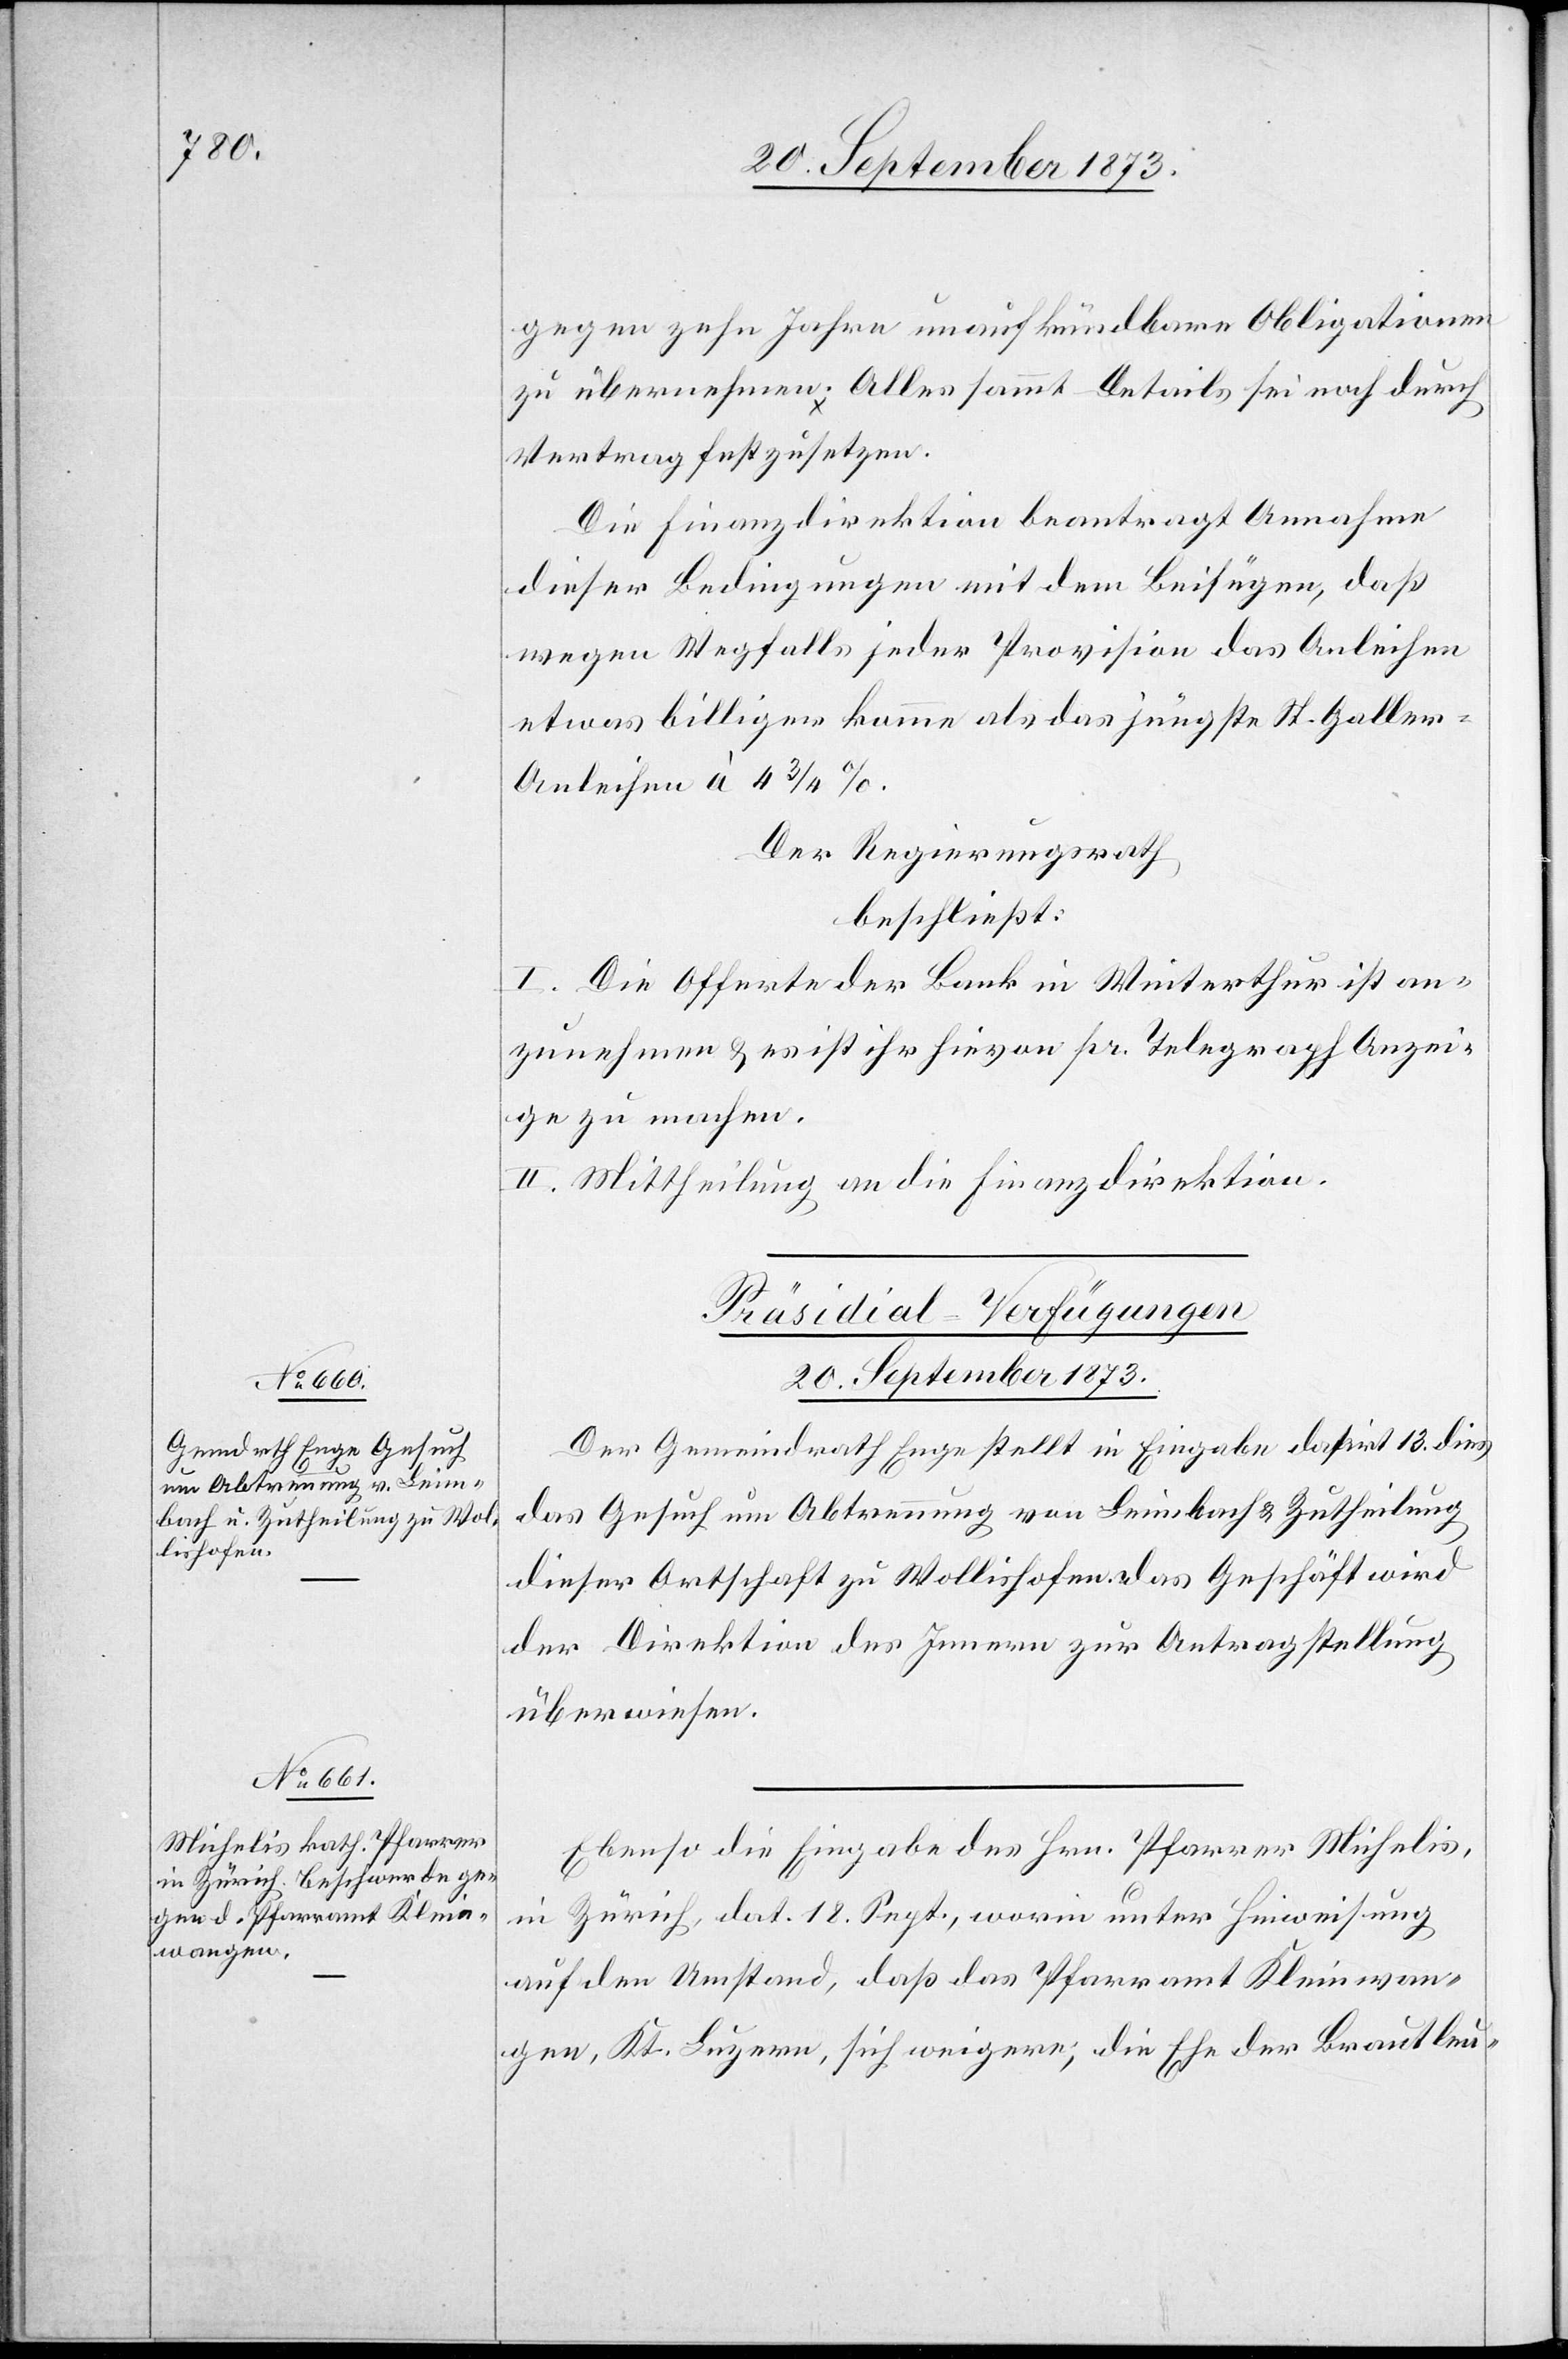
gegen zehn Jahre unaufkündbare Obligationen
zu übernehmen. Alles sammt Details sei noch durch
Vertrag festzusetzen.
Die Finanzdirektion beantragt Annahme
dieser Bedingungen mit dem Beifügen, daß
wegen Wegfalls jeder Provision das Anleihen
etwas billiger komme als das jüngste St. Galle¬
r-Anleihen à 4 3/4%.
Der Regierungsrath
beschließt:
I. Die Offerte der Bank in Winterthur ist an¬
zunehmen & es ist ihr hievon pr. Telegraph Anzei¬
ge zu machen.
II. Mittheilung an die Finanzdirektion.
[Präsidial-Verfügungen
20. September 1873.]
Der Gemeindrath Enge stellt in Eingabe datirt 13. dies
das Gesuch um Abtrennung von Leimbach & Zutheilung
dieser Ortschaft zu Wollishofen. Das Geschäft wird
der Direktion des Innern zur Antragstellung
überwiesen.
Ebenso die Eingabe des Hrn. Pfarrer Michelis,
in Zürich, dat. 18. Sept., worin unter Hinweisung
auf den Umstand, daß das Pfarramt Kleinwan¬
gen, Kt. Luzern, sich weigere, die Ehe der Brautleu-